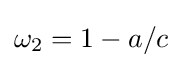
\omega _{2}=1-a/c